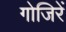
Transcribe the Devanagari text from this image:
गोजिरें